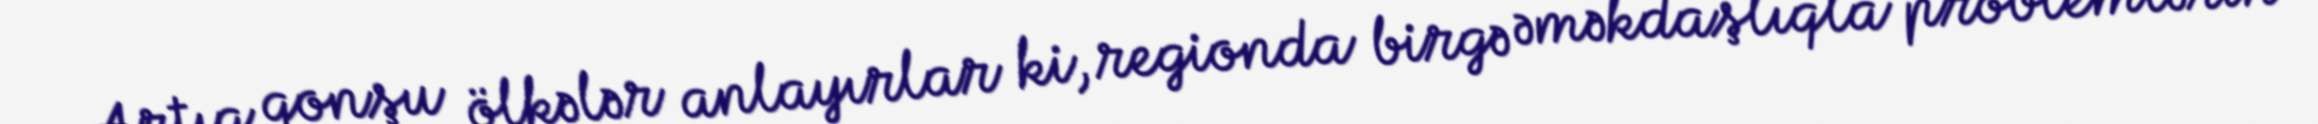
Artıq qonşu ölkələr anlayırlar ki, regionda birgə əməkdaşlıqla problemlərin